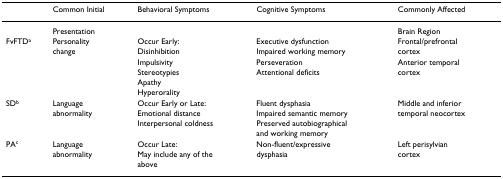
<table><thead><tr><td></td><td><b>Common Initial</b></td><td><b>Behavioral Symptoms</b></td><td><b>Cognitive Symptoms</b></td><td><b>Commonly Affected</b></td></tr></thead><tbody><tr><td></td><td>Presentation</td><td></td><td></td><td>Brain Region</td></tr><tr><td>FvFTD<sup>a</sup></td><td>Personality</td><td>Occur Early:</td><td>Executive dysfunction</td><td>Frontal/prefrontal</td></tr><tr><td></td><td>change</td><td>Disinhibition</td><td>Impaired working memory</td><td>cortex</td></tr><tr><td></td><td></td><td>Impulsivity</td><td>Perseveration</td><td>Anterior temporal</td></tr><tr><td></td><td></td><td>Stereotypies</td><td>Attentional deficits</td><td>cortex</td></tr><tr><td></td><td></td><td>Apathy</td><td></td><td></td></tr><tr><td></td><td></td><td>Hyperorality</td><td></td><td></td></tr><tr><td>SD<sup>b</sup></td><td>Language</td><td>Occur Early or Late:</td><td>Fluent dysphasia</td><td>Middle and inferior</td></tr><tr><td></td><td>abnormality</td><td>Emotional distance</td><td>Impaired semantic memory</td><td>temporal neocortex</td></tr><tr><td></td><td></td><td>Interpersonal coldness</td><td>Preserved autobiographical</td><td></td></tr><tr><td></td><td></td><td></td><td>and working memory</td><td></td></tr><tr><td>PA<sup>c</sup></td><td>Language</td><td>Occur Late:</td><td>Non-fluent/expressive</td><td>Left perisylvian</td></tr><tr><td></td><td>abnormality</td><td>May include any of the</td><td>dysphasia</td><td>cortex</td></tr><tr><td></td><td></td><td>above</td><td></td><td></td></tr></tbody></table>